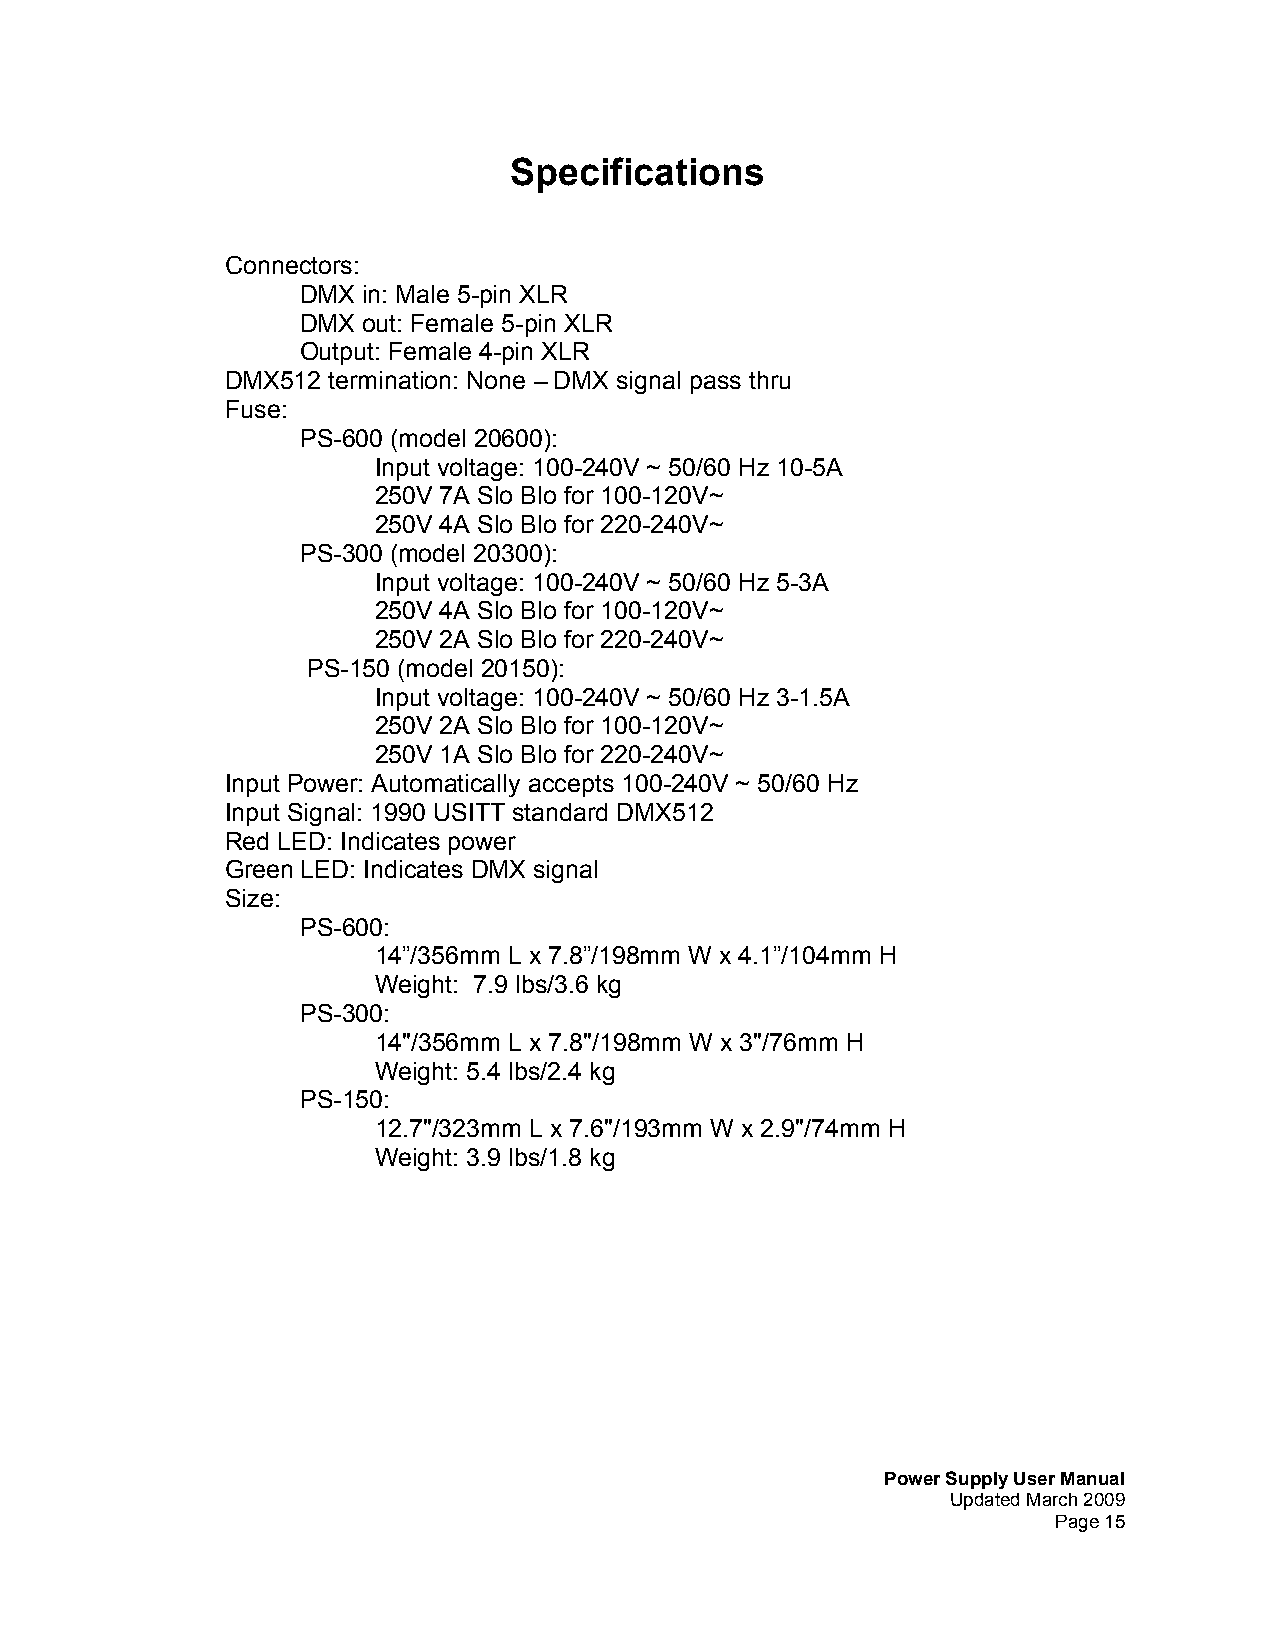
Specifications
 Connectors:
 DMX in: Male 5-pin XLR
 DMX out: Female 5-pin XLR
 Output: Female 4-pin XLR
 DMX512 termination: None – DMX signal pass thru
 Fuse:
 PS-600 (model 20600):
 Input voltage: 100-240V ~ 50/60 Hz 10-5A
 250V 7A Slo Blo for 100-120V~
 250V 4A Slo Blo for 220-240V~
 PS-300 (model 20300):
 Input voltage: 100-240V ~ 50/60 Hz 5-3A
 250V 4A Slo Blo for 100-120V~
 250V 2A Slo Blo for 220-240V~
 PS-150 (model 20150):
 Input voltage: 100-240V ~ 50/60 Hz 3-1.5A
 250V 2A Slo Blo for 100-120V~
 250V 1A Slo Blo for 220-240V~
 Input Power: Automatically accepts 100-240V ~ 50/60 Hz
 Input Signal: 1990 USITT standard DMX512
 Red LED: Indicates power
 Green LED: Indicates DMX signal
 Size:
 PS-600:
 14”/356mm L x 7.8”/198mm W x 4.1”/104mm H
 Weight: 7.9 lbs/3.6 kg
 PS-300:
 14"/356mm L x 7.8"/198mm W x 3"/76mm H
 Weight: 5.4 lbs/2.4 kg
 PS-150:
 12.7"/323mm L x 7.6"/193mm W x 2.9"/74mm H
 Weight: 3.9 lbs/1.8 kg
 Power Supply User Manual
 Updated March 2009
 Page 15